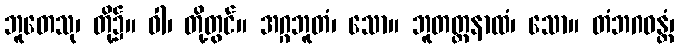
ဘူတေသု၊ တို့၌။ ဝါ၊ တို့တွင်။ အဂ္ဂဘူတံ၊ သော။ ဘူတတ္ထနာထံ၊ သော။ တံဘဂဝန္တံ၊